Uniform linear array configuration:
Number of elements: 48
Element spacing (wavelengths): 1
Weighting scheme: hann
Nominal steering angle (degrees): -15
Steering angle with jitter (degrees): -15.177
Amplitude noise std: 0.05
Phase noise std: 0.05

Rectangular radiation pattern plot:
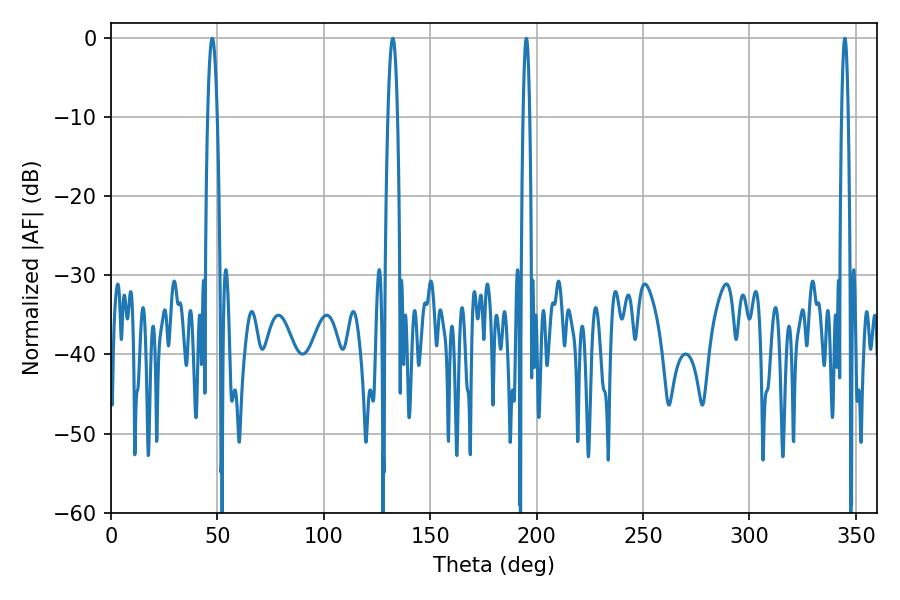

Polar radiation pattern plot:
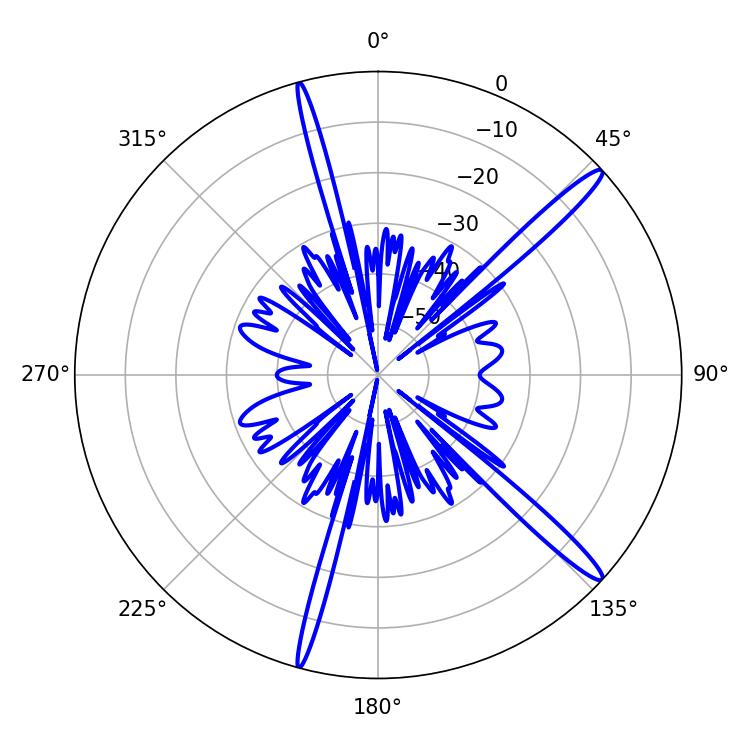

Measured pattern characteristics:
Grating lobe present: TRUE
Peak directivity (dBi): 15.797
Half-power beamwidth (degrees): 2.34
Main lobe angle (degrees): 47.52